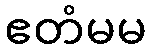
ဧတံမမ